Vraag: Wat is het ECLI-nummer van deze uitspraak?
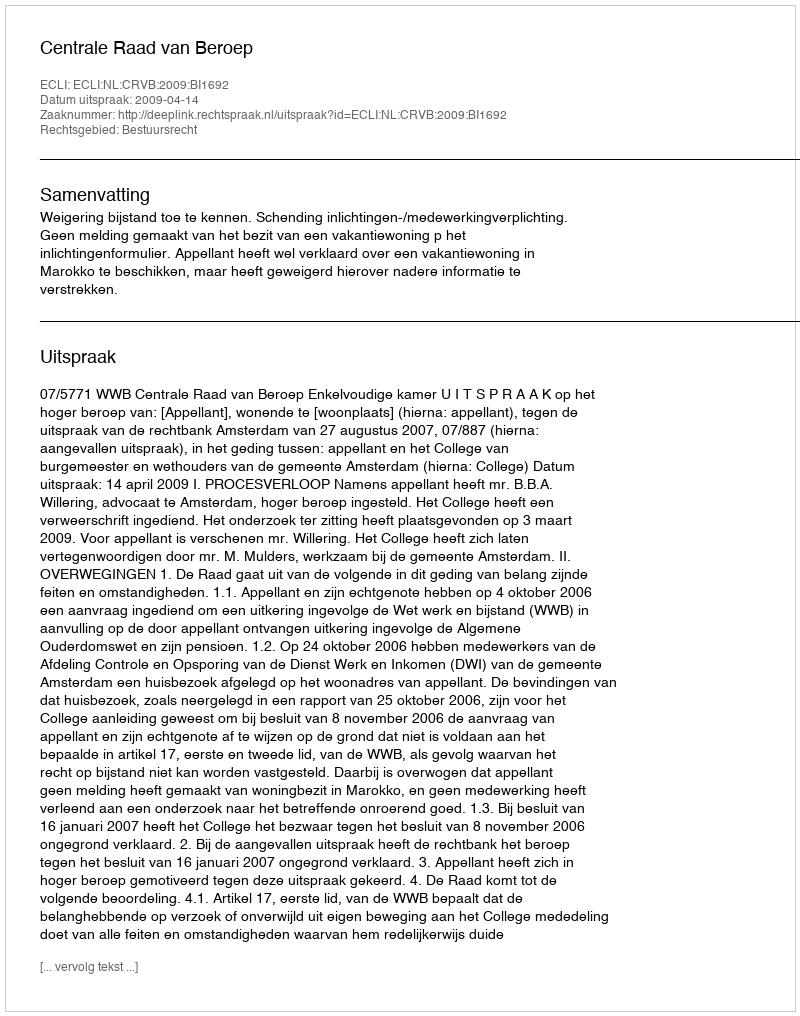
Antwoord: ECLI:NL:CRVB:2009:BI1692